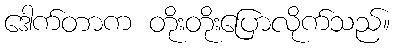
ဒေါက်တာက တိုးတိုးပြောလိုက်သည်။